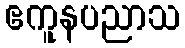
ဧကူနပညာသ